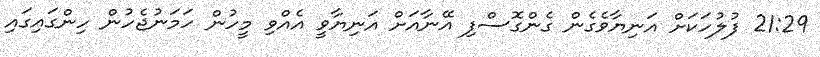
21:29 ފުލުހަކަށް އަނިޔާވެގެން ގެންގޮސްފި އޭނާއަށް އަނިޔާވީ އެއްވި މީހުން ހަމަނުޖެހުން ހިންގައިގައި